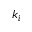
k _ { i }